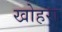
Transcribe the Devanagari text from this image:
खोहरा